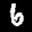
Label: 6